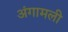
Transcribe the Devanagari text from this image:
अंगामली